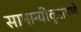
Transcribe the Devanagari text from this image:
सामान्यीकृतपणे